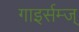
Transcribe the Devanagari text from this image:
गाइर्सम्ज्